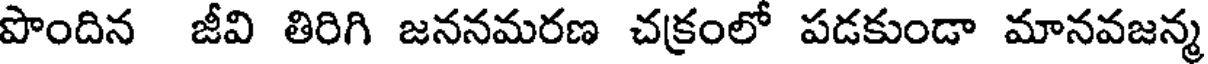
పొందిన జీవి తిరిగి జననమరణ చక్రంలో పడకుండా మానవజన్మ